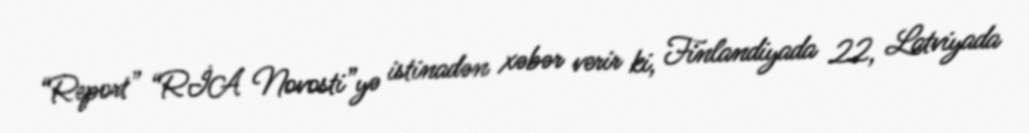
“Report” “RİA Novosti”yə istinadən xəbər verir ki, Finlandiyada 22, Latviyada